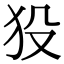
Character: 𤝈